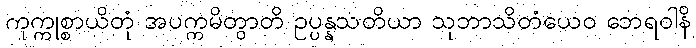
ကုက္ကုစ္စာယိတုံ အပက္ကမိတွာတိ ဥပ္ပန္နသတိယာ သုဘာသိတံယေဝ ဘေရဝါနိ